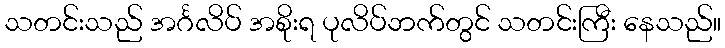
သတင်းသည် အင်္ဂလိပ် အစိုးရ ပုလိပ်ဘက်တွင် သတင်းကြီး နေသည်။